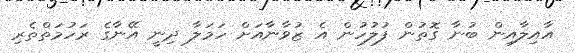
އާއިލާއިން ބުނާ ގޮތުން ފުލުހުން އެ ޒުވާނާއަށް ހަމަލާ ދިނީ އޭނާގެ ރަހުމަތްތެރި